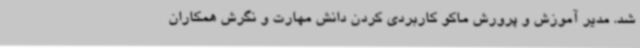
شد. مدیر آموزش و پرورش ماکو کاربردی کردن دانش مهارت و نگرش همکاران